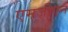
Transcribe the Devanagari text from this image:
एमजीएन